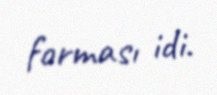
forması idi.